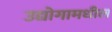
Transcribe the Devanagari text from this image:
उद्योगामधील